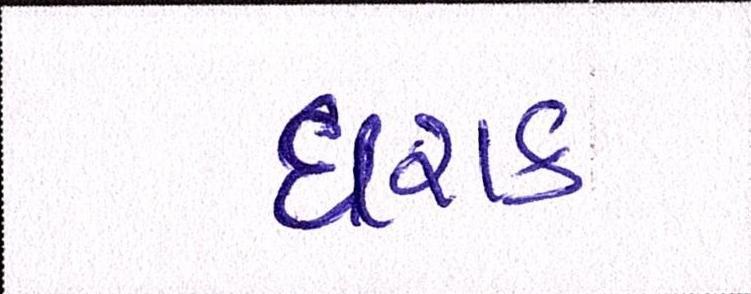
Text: ઘરાક